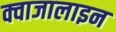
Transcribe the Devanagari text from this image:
क्वाजालाइन